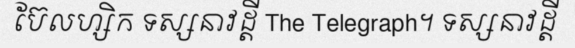
ប៊ែលហ្សិក ទស្សនាវដ្តី The Telegraph។ ទស្សនាវដ្តី